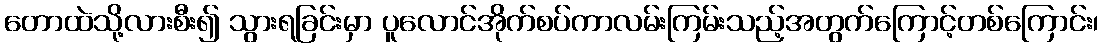
တောထဲသို့လားစီး၍ သွားရခြင်းမှာ ပူလောင်အိုက်စပ်ကာလမ်းကြမ်းသည့်အတွက်ကြောင့်တစ်ကြောင်း၊